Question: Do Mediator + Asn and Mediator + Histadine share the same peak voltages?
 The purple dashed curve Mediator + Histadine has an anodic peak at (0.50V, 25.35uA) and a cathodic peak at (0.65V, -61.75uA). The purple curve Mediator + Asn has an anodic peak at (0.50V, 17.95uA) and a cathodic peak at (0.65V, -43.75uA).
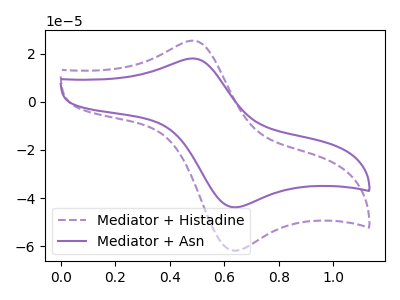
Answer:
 <answer>Yes, "Mediator + Asn" have a peak in "Mediator + Histadine" at the same potential.</answer>
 <eval>match</eval>